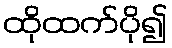
ထိုထက်ပို၍